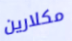
مكلارين